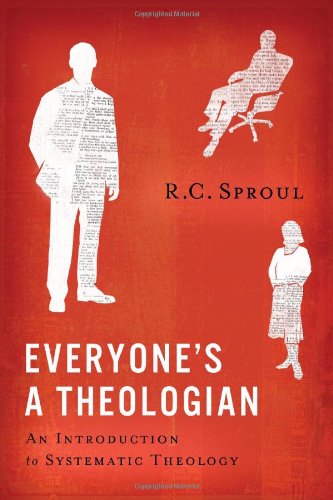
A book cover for Everyone's A Theologian; R.C. Sproul; Christian Books & Bibles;